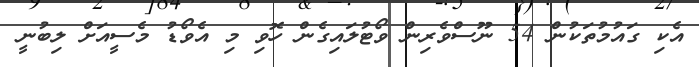
އެކި ގައުމުތަކުން 54 ނޫސްވެރިން ވޯޓުލައިގެން ހޮވި މި އެވޯޑު މެސީއަށް ލިބުނީ